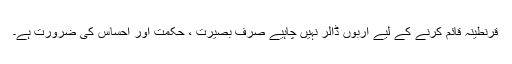
قرنطینہ قائم کرنے کے لیے اربوں ڈالر نہیں چاہیے صرف بصیرت ، حکمت اور احساس کی ضرورت ہے۔